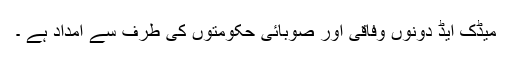
میڈک ایڈ دونوں وفاقی اور صوبائی حکومتوں کی طرف سے امداد ہے ۔